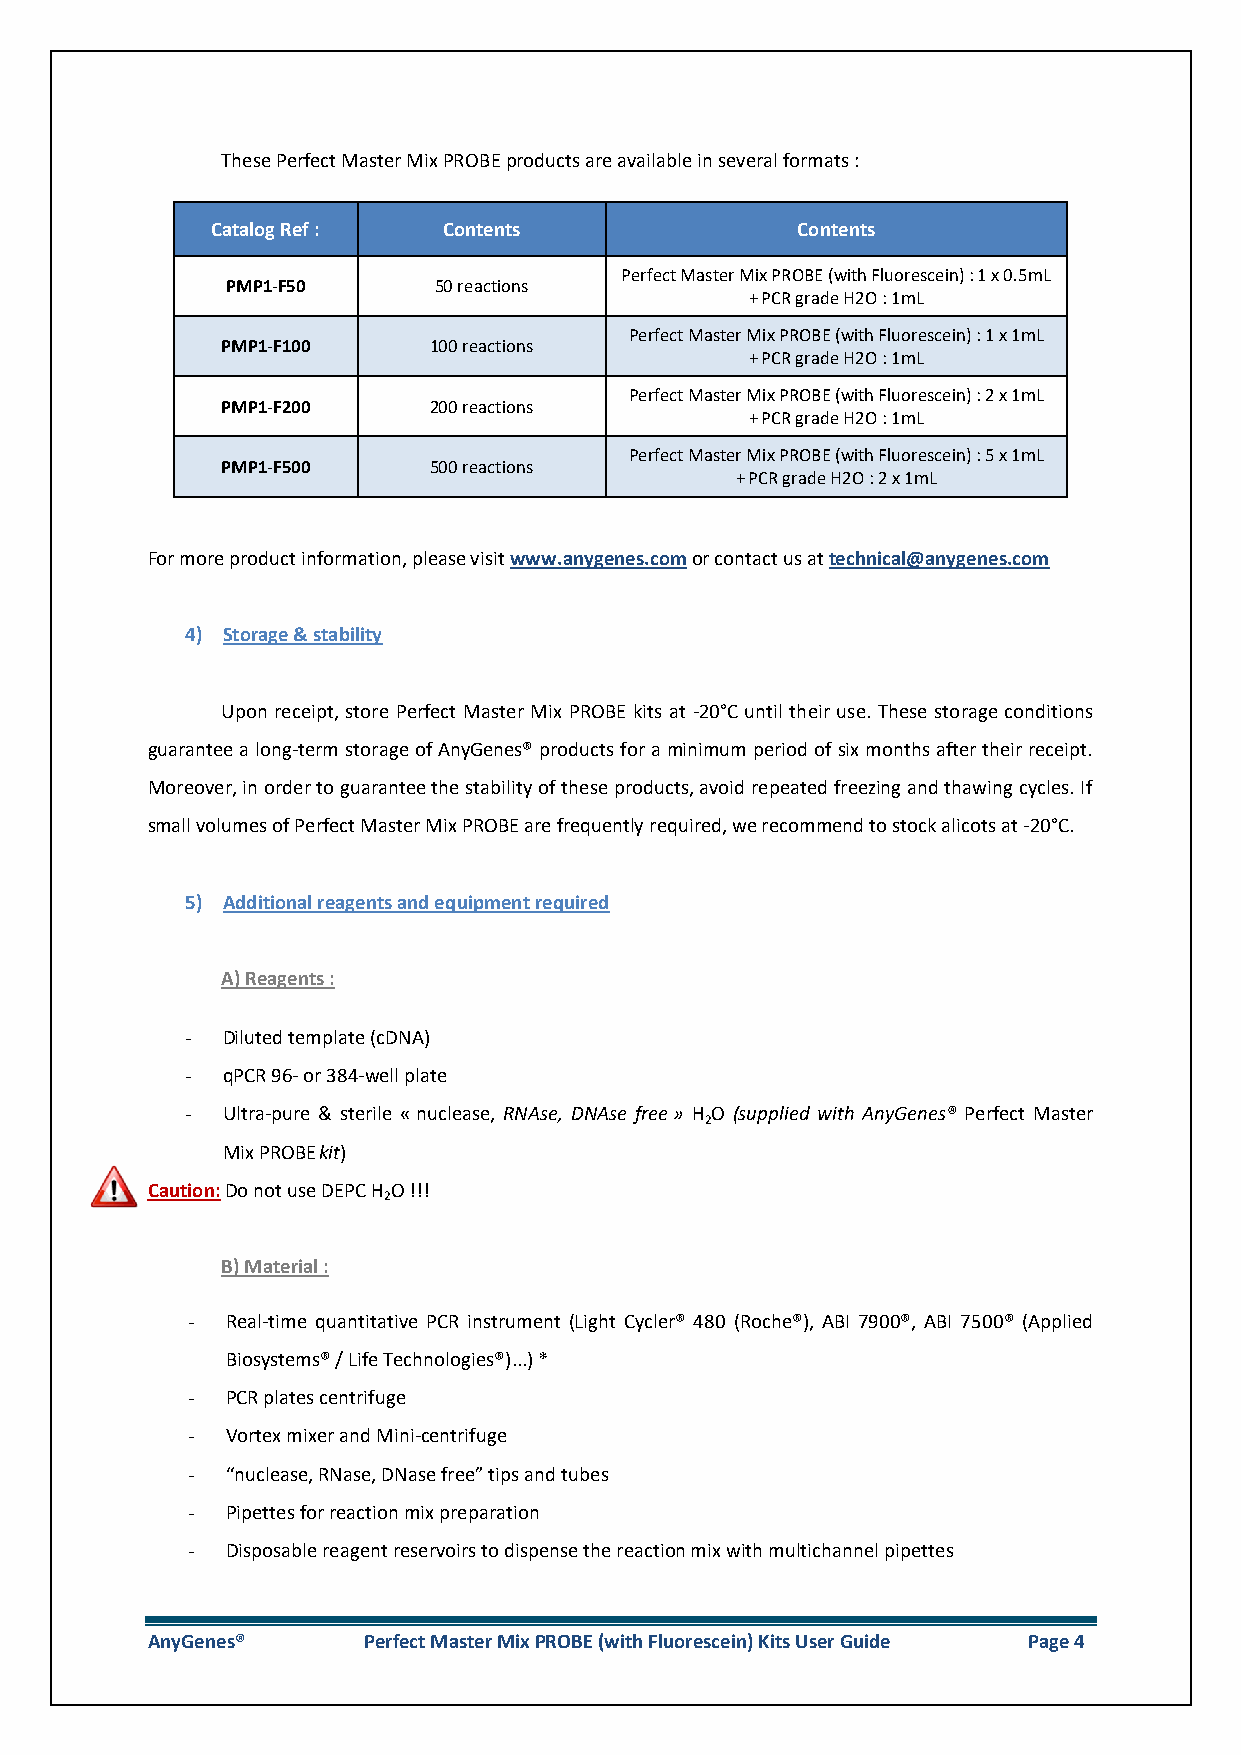
These Perfect Master Mix PROBE products are available in several formats :
 Catalog Ref :  Contents                Contents
 Perfect Master Mix PROBE (with Fluorescein) : 1 x 0.5mL
 PMP1-F50      50 reactions
 + PCR grade H2O : 1mL
 Perfect Master Mix PROBE (with Fluorescein) : 1 x 1mL
 PMP1-F100    100 reactions
 + PCR grade H2O : 1mL
 Perfect Master Mix PROBE (with Fluorescein) : 2 x 1mL
 PMP1-F200    200 reactions
 + PCR grade H2O : 1mL
 Perfect Master Mix PROBE (with Fluorescein) : 5 x 1mL
 PMP1-F500    500 reactions
 + PCR grade H2O : 2 x 1mL
 For more product information, please visit www.anygenes.com or contact us at technical@anygenes.com
 4) Storage & stability
 Upon receipt, store Perfect Master Mix PROBE kits at -20°C until their use. These storage conditions
 guarantee a long-term storage of AnyGenes® products for a minimum period of six months after their receipt.
 Moreover, in order to guarantee the stability of these products, avoid repeated freezing and thawing cycles. If
 small volumes of Perfect Master Mix PROBE are frequently required, we recommend to stock alicots at -20°C.
 5) Additional reagents and equipment required
 A) Reagents :
 -  Diluted template (cDNA)
 -  qPCR 96- or 384-well plate
 -  Ultra-pure & sterile « nuclease, RNAse, DNAse free » H O (supplied with AnyGenes® Perfect Master
 2
 Mix PROBE kit)
 Caution: Do not use DEPC H O !!!
 2
 B) Material :
 -  Real-time quantitative PCR instrument (Light Cycler® 480 (Roche®), ABI 7900®, ABI 7500® (Applied
 Biosystems® / Life Technologies®)...) *
 -  PCR plates centrifuge
 -  Vortex mixer and Mini-centrifuge
 -  “nuclease, RNase, DNase free” tips and tubes
 -  Pipettes for reaction mix preparation
 -  Disposable reagent reservoirs to dispense the reaction mix with multichannel pipettes
 AnyGenes®     Perfect Master Mix PROBE (with Fluorescein) Kits User Guide Page 4